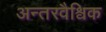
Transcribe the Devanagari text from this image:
अन्तरवैश्विक